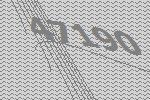
47190